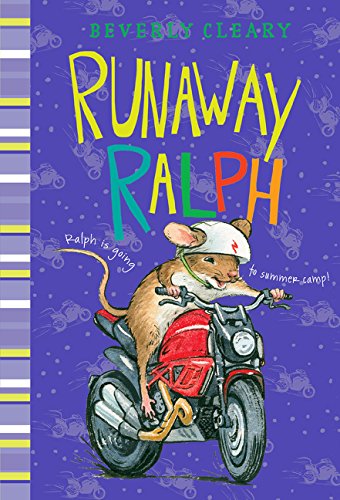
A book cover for Runaway Ralph; Beverly Cleary; Children's Books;